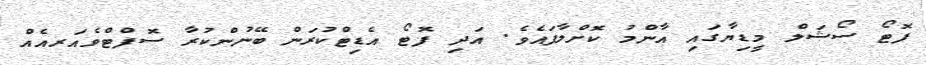
ފޮޓޯ ސޯޝަލް މީޑިޔާގައި އާންމު ކޮށްލާފައެވެ. އަދި ފޮޓޯ އެޑިޓްކުރަން ބޭނުންކުރާ ސޮފްޓްވެއަރއެއް